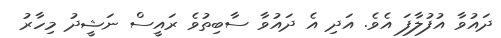
ދައުވާ އުފުލާފަ އެވެ. އަދި އެ ދައުވާ ސާބިތުވެ ރައީސް ނަޝީދު މިހާރު